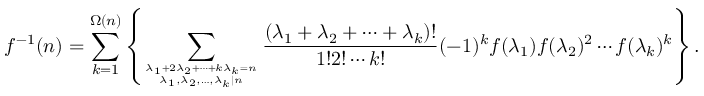
f ^ { - 1 } ( n ) = \sum _ { k = 1 } ^ { \Omega ( n ) } \left\{ \sum _ { { \lambda _ { 1 } + 2 \lambda _ { 2 } + \cdots + k \lambda _ { k } = n } \atop { \lambda _ { 1 } , \lambda _ { 2 } , \ldots , \lambda _ { k } | n } } { \frac { ( \lambda _ { 1 } + \lambda _ { 2 } + \cdots + \lambda _ { k } ) ! } { 1 ! 2 ! \cdots k ! } } ( - 1 ) ^ { k } f ( \lambda _ { 1 } ) f ( \lambda _ { 2 } ) ^ { 2 } \cdots f ( \lambda _ { k } ) ^ { k } \right\} .